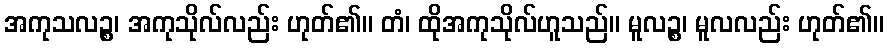
အကုသလဉ္စ၊ အကုသိုလ်လည်း ဟုတ်၏။ တံ၊ ထိုအကုသိုလ်ဟူသည်။ မူလဉ္စ၊ မူလလည်း ဟုတ်၏။